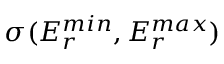
\sigma ( E _ { r } ^ { m i n } , E _ { r } ^ { m a x } )